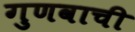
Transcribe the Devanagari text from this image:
गुणवाची